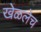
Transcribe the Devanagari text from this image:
खेळलेच